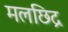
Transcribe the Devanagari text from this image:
मलछिद्र